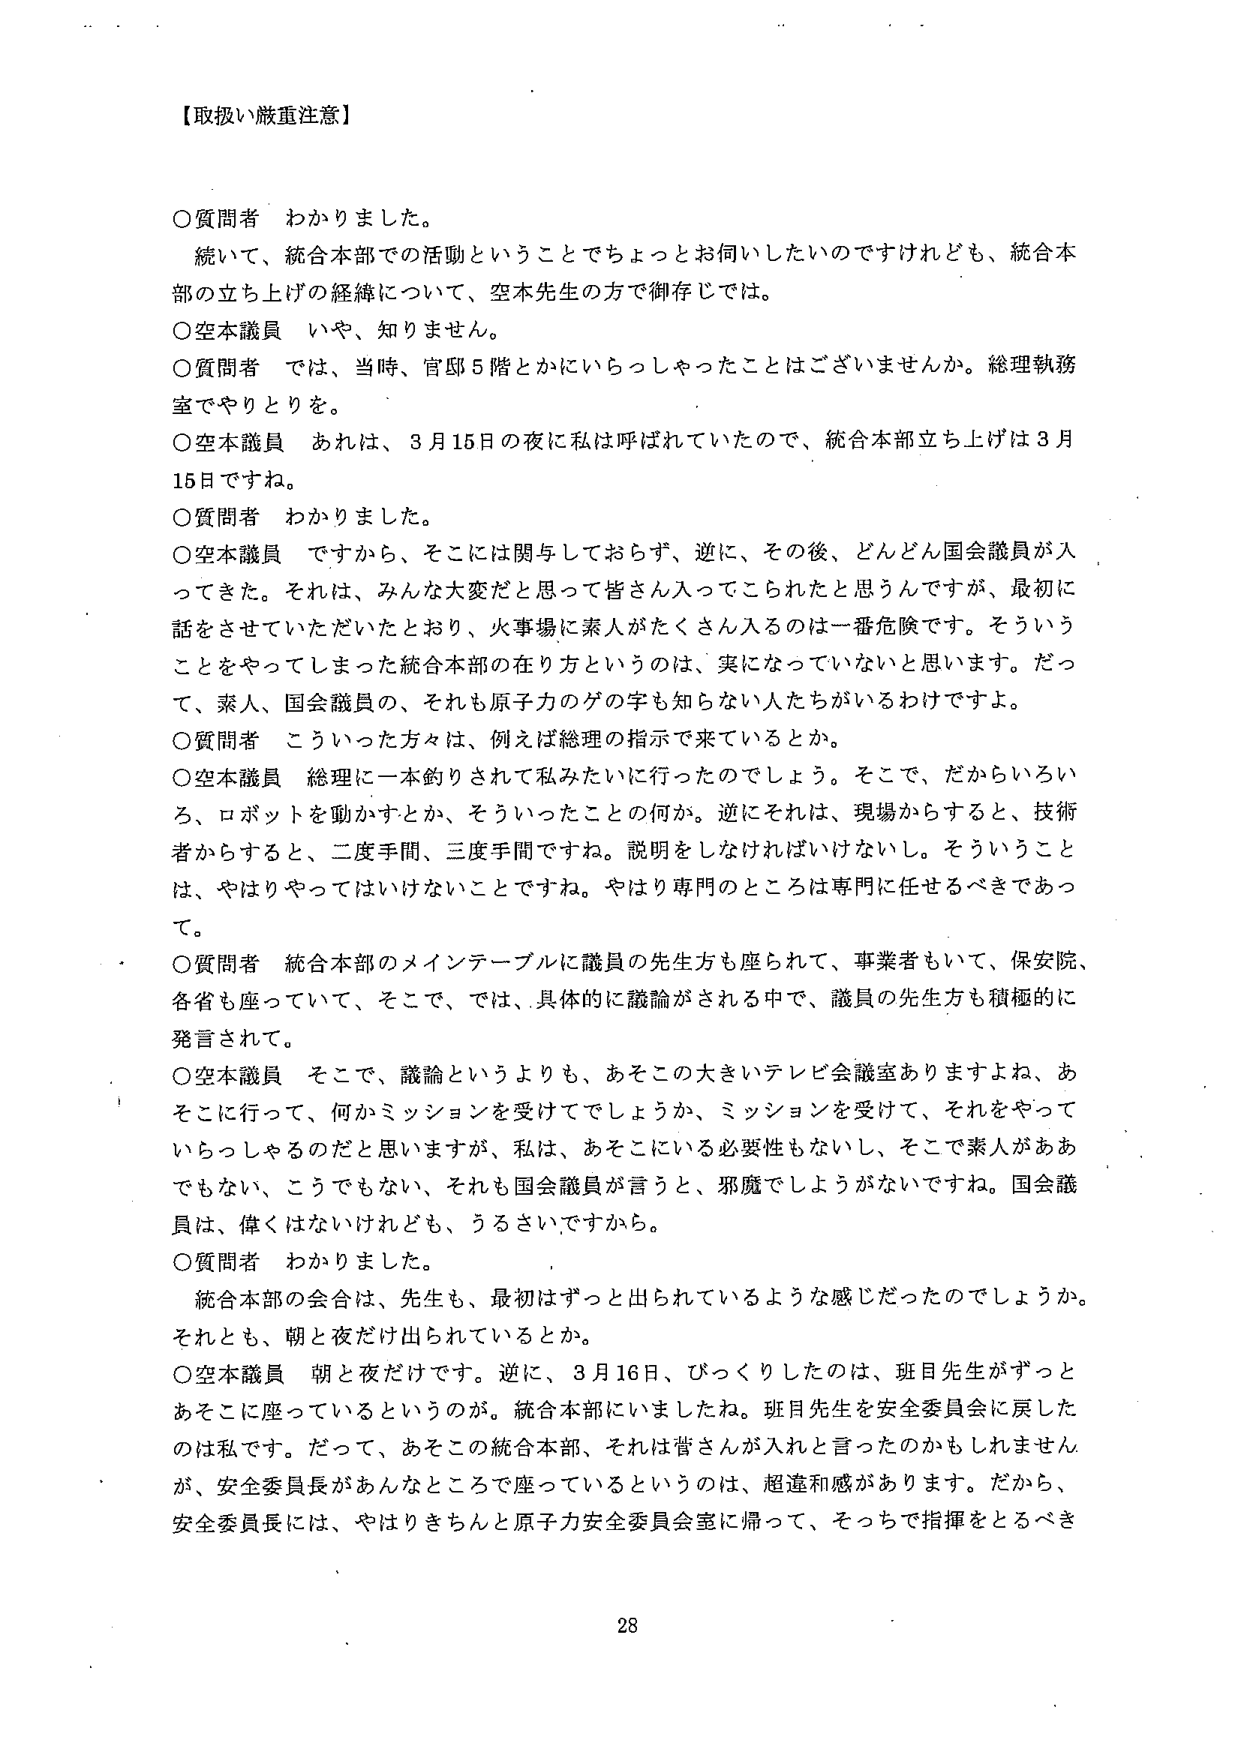
【取扱い厳重注意】

○質問者　わかりました。
　続いて、統合本部での活動ということでちょっとお伺いしたいのですけれども、統合本部の立ち上げの経緯について、空本先生の方で御存じでは。

○空本議員　いや、知りません。

○質問者　では、当時、官邸５階とかにいらっしゃったことはございませんか。総理執務室でやりとりを。

○空本議員　あれは、３月15日の夜に私は呼ばれていたので、統合本部立ち上げは３月15日ですね。

○質問者　わかりました。

○空本議員　ですから、そこには関与しておらず、逆に、その後、どんどん国会議員が入ってきた。それは、みんな大変だと思って皆さん入ってこられたと思うんですが、最初に話をさせていただいたとおり、火事場に素人がたくさん入るのは一番危険です。そういうことをやってしまった統合本部の在り方というのは、実になっていないと思います。だって、素人、国会議員の、それも原子力のゲの字も知らない人たちがいるわけですよ。

○質問者　こういった方々は、例えば総理の指示で来ているとか。

○空本議員　総理に一本釣りされて私みたいに行ったのでしょう。そこで、だからいろいろ、ロボットを動かすとか、そういったことの何か。逆にそれは、現場からすると、技術者からすると、二度手間、三度手間ですね。説明をしなければいけないし。そういうことは、やはりやってはいけないんですね。やはり専門のところは専門に任せるべきであって。

○質問者　統合本部のメインテーブルに議員の先生方も座られて、事業者もいて、保安院、各省も座っていて、そこで、では、具体的に議論がされる中で、議員の先生方も積極的に発言されて。

○空本議員　そこで、議論というよりも、あそこの大きいテレビ会議室ありますよね、あそこに行って、何かミッションを受けてでしょうか、ミッションを受けて、それをやっていらっしゃるのだと思いますが、私は、あそこにいる必要性もないし、そこで素人がああでもない、こうでもない、それも国会議員が言うと、邪魔でしょうがないですね。国会議員は、偉くはないけれども、うるさいですから。

○質問者　わかりました。
　統合本部の会合は、先生も、最初はずっと出られているような感じだったのでしょうか。それとも、朝と夜だけ出られているとか。

○空本議員　朝と夜だけです。逆に、３月16日、びっくりしたのは、班目先生がずっとあそこに座っているというのが。統合本部にいましたね。班目先生を安全委員会に戻したのは私です。だって、あそこの統合本部、それは皆さんに入れと言ったのかもしれませんが、安全委員長があんなところで座っているというのは、超違和感があります。だから、安全委員長には、やはりきちんと原子力安全委員会室に帰って、そっちで指揮をとるべき

28